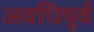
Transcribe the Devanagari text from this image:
अवधिपूर्व